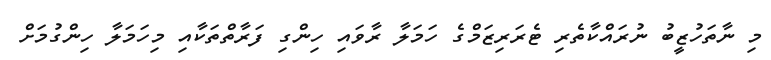
މި ނާތަހުޒީބު ނުރައްކާތެރި ޓެރަރިޒަމްގެ ހަމަލާ ރާވައި ހިންގި ފަރާތްތަކާއި މިހަމަލާ ހިންގުމަށް